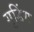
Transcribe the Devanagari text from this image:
गुडिंग